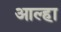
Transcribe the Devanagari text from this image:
आल्‍हा